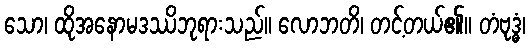
သော၊ ထိုအနောမဒဿိဘုရားသည်။ လောဘတိ၊ တင့်တယ်၏။ တံဗုဒ္ဓံ၊